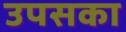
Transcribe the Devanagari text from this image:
उपसका